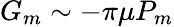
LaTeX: G_{m}\sim-\pi\mu P_{m}